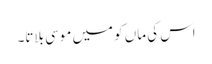
اس کی ماں کو میں موسی بلاتا۔